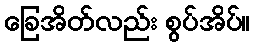
ခြေအိတ်လည်း စွပ်အိပ်။